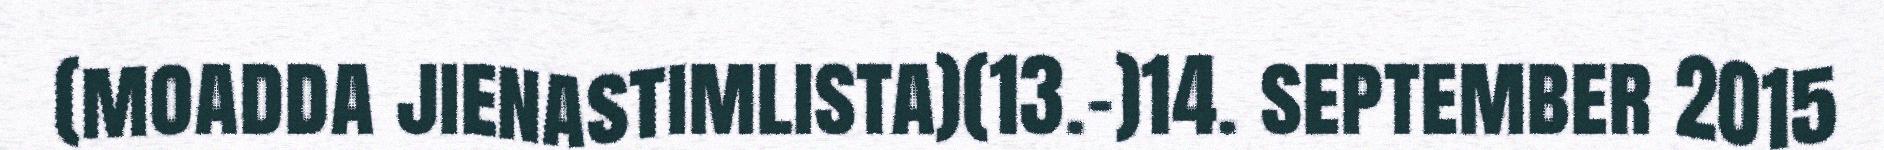
(moadda jienastimlista)(13.-)14. september 2015